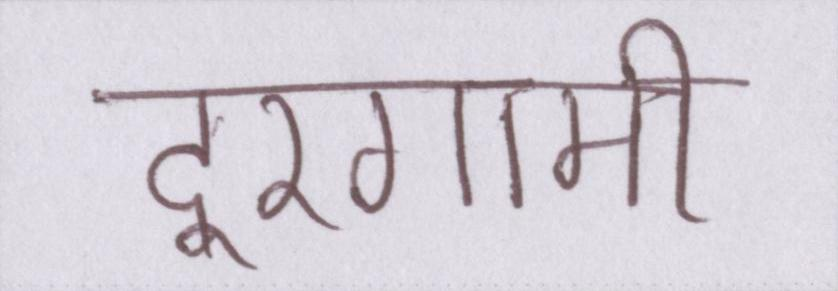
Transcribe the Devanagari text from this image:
दूरगामी